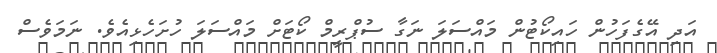
އަދި އޭގެފަހުން ހައިކޯޓުން މައްސަލަ ނަގާ ސުޕްރީމް ކޯޓަށް މައްސަލަ ހުށަހެޅިއެވެ. ނަމަވެސް